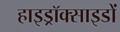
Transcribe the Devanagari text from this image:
हाइड्रॉक्साइडों